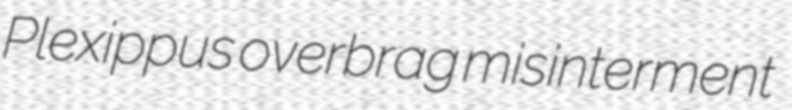
Plexippus overbrag misinterment